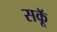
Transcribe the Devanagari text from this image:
सकॅू